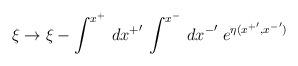
LaTeX: \begin{align*}\xi\rightarrow\xi-\int^{x^+}\,d{x^+}'\,\int^{x^-}\,d{x^-}'\;e^{\eta({x^+}', {x^-}')}\end{align*}